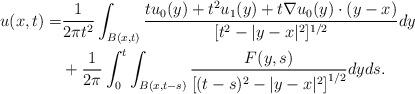
LaTeX: \begin{align*} u(x,t) = & \frac{1}{2 \pi t^2} \int_{B(x,t)} \frac{t u_0(y) + t^2 u_1 (y)+ t \nabla u_0 (y) \cdot (y-x)}{[t^2 -|y-x|^2]^{1/2}} dy\\ & + \frac{1}{2 \pi} \int_0^t \int_{B(x,t-s)} \frac{F(y,s)}{\left[(t-s)^2 -|y-x|^2\right]^{1/2}} dy ds.\end{align*}